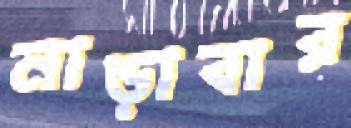
নাড়াবার